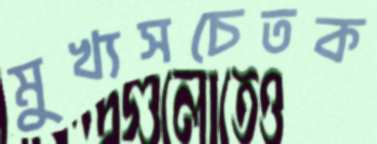
মুখ্যসচেতক